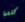
كلفنا